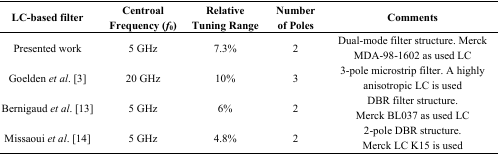
| LC-based filter | Centroal Frequency (f0) | Relative Tuning Range | Number of Poles | Comments |
 | --- | --- | --- | --- | --- |
 | Presented work | 5 GHz | 7.3% | 2 | Dual-mode filter structure. Merck MDA-98-1602 as used LC |
 | Goelden et al. [3] | 20 GHz | 10% | 3 | 3-pole microstrip filter. A highly anisotropic LC is used |
 | Bernigaud et al. [13] | 5 GHz | 6% | 2 | DBR filter structure. Merck BL037 as used LC |
 | Missaoui et al. [14] | 5 GHz | 4.8% | 2 | 2-pole DBR structure. Merck LC K15 is used |